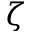
\zeta